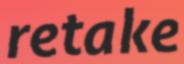
retake